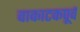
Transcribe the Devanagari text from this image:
वाकाटकपूर्व